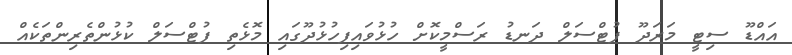
އައްޑޫ ސިޓީ މަރަދޫ ފުޓްސަލް ދަނޑު ރަސްމީކޮށް ހުޅުވައިފިހުޅުދޫގައި މޮޅެތި ފުޓްސަލް ކުޅުންތެރިންތަކެއް